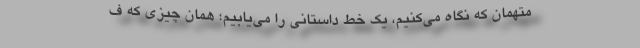
متهمان که نگاه می‌کنیم، یک خط داستانی را می‌یابیم؛ همان چیزی که ف